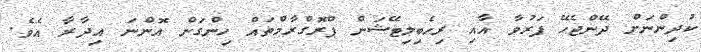
ކުދިންނަށް ދޭންޖެހޭ ފަރުވާ އާއި ރިހެބިލިޓޭޝަން ޕްރޮގްރާމްތައް ހިންގަން އޮންނަ އިދާރާ އެވެ.